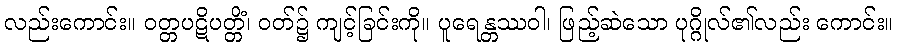
လည်းကောင်း။ ဝတ္တပဋိပတ္တိံ၊ ဝတ်၌ ကျင့်ခြင်းကို။ ပူရေန္တဿဝါ၊ ဖြည့်ဆဲသော ပုဂ္ဂိုလ်၏လည်း ကောင်း။